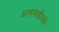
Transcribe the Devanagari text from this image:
आगगाडीमधे